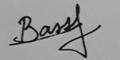
Signature authenticity: genuine